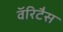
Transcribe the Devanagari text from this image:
वॅरिटैस